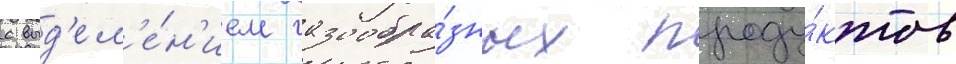
с выд'ел'е́н'ием газообра́зных проду́ктов